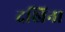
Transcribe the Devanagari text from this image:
दखिना